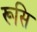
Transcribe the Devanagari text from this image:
रूसि